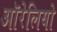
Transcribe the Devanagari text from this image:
ऑरेलियो